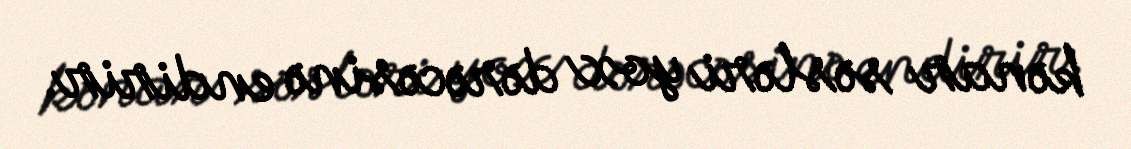
kənar səsləri yox dərəcəsinə endirir.